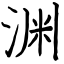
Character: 渊